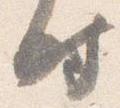
時